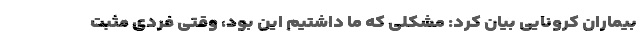
بیماران کرونایی بیان کرد: مشکلی که ما داشتیم این بود، وقتی فردی مثبت